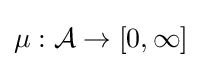
\mu :{\mathcal {A}}\to [0,\infty ]